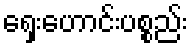
ရှေးဟောင်းပစ္စည်း